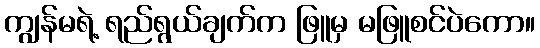
ကျွန်မရဲ့ ရည်ရွယ်ချက်က ဖြူမှ မဖြူစင်ပဲကော။